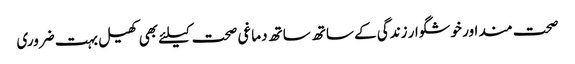
صحت مند اور خوشگوار زندگی کے ساتھ ساتھ دماغی صحت کیلئے بھی کھیل بہت ضروری